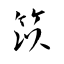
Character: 笖